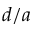
d / a